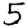
Digit: 5